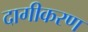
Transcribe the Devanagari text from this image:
दागीकरण